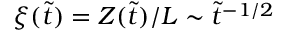
\xi ( \tilde { t } ) = Z ( \tilde { t } ) / L \sim \tilde { t } ^ { - 1 / 2 }